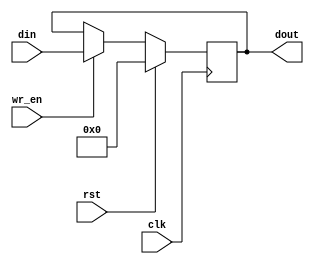
module register_bank #(
  parameter WIDTH = 8
  )(
  input wire [0:0] clk,
  input wire [0:0] rst,
  input wire [0:0] wr_en,
  input wire [WIDTH-1:0] din,
  output reg [WIDTH-1:0] dout
  );

always @(posedge clk) begin
  if(rst)
    dout <= {WIDTH{1'b0}};
  else if(wr_en)
    dout <= din;
end

endmodule